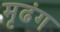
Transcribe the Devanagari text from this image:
मृढंग